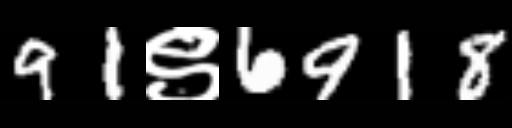
Text: 91९6918